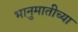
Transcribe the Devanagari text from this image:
भानुमातीच्या